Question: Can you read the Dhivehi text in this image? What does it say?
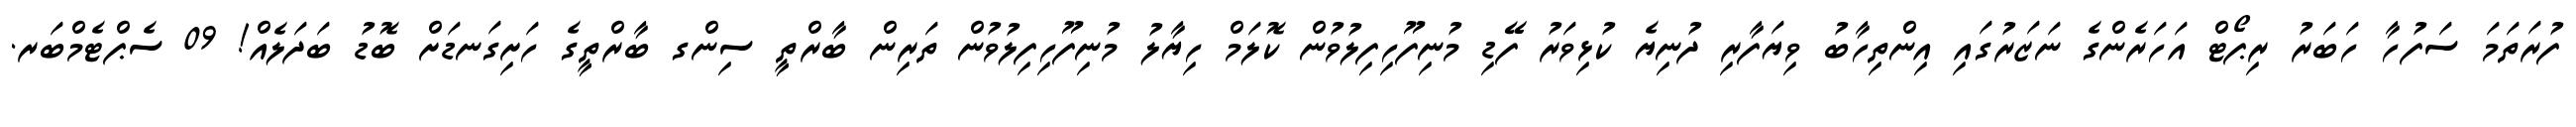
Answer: ފުރަތަމަ ސަފުހާ ހަބަރު ރިޕޯޓް އަހަރެންގެ ނަޒަރުގައި އިންތިހާބު ވިޔަފާރި ދުނިޔެ ކުޅިވަރު ފޭޑި މުނިފޫހިފިލުވުން ކޮލަމް ހިޔާލު މުނިފޫހިފިލުވުން ތަރިން ބާރްތީ ސިންގ ބާރްތީގެ ހަށިގަނޑަށް ބޮޑު ބަދަލެއް! 09 ސެޕްޓެމްބަރ.